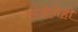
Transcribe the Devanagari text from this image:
संज्ञेनेही